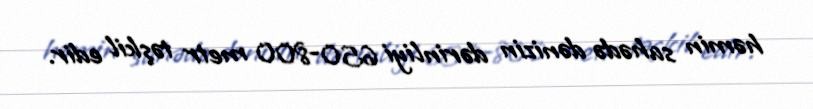
həmin sahədə dənizin dərinliyi 650-800 metr təşkil edir.